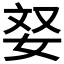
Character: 𫰥